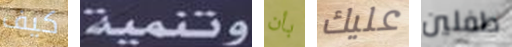
كيف وتنمية بأن عليك طفلين